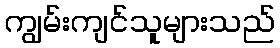
ကျွမ်းကျင်သူများသည်